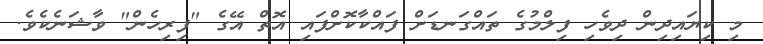
މި ކިޔައިދިން ދިވެހި ފިލްމުގެ ތައްގަނޑަށް ފައްކާކޮށްފައި އޮތް އޭގެ "ފިރިހެން" ވާޝަނެކެވެ.